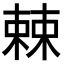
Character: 𣗥